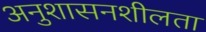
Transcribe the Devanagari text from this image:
अनुशासनशीलता